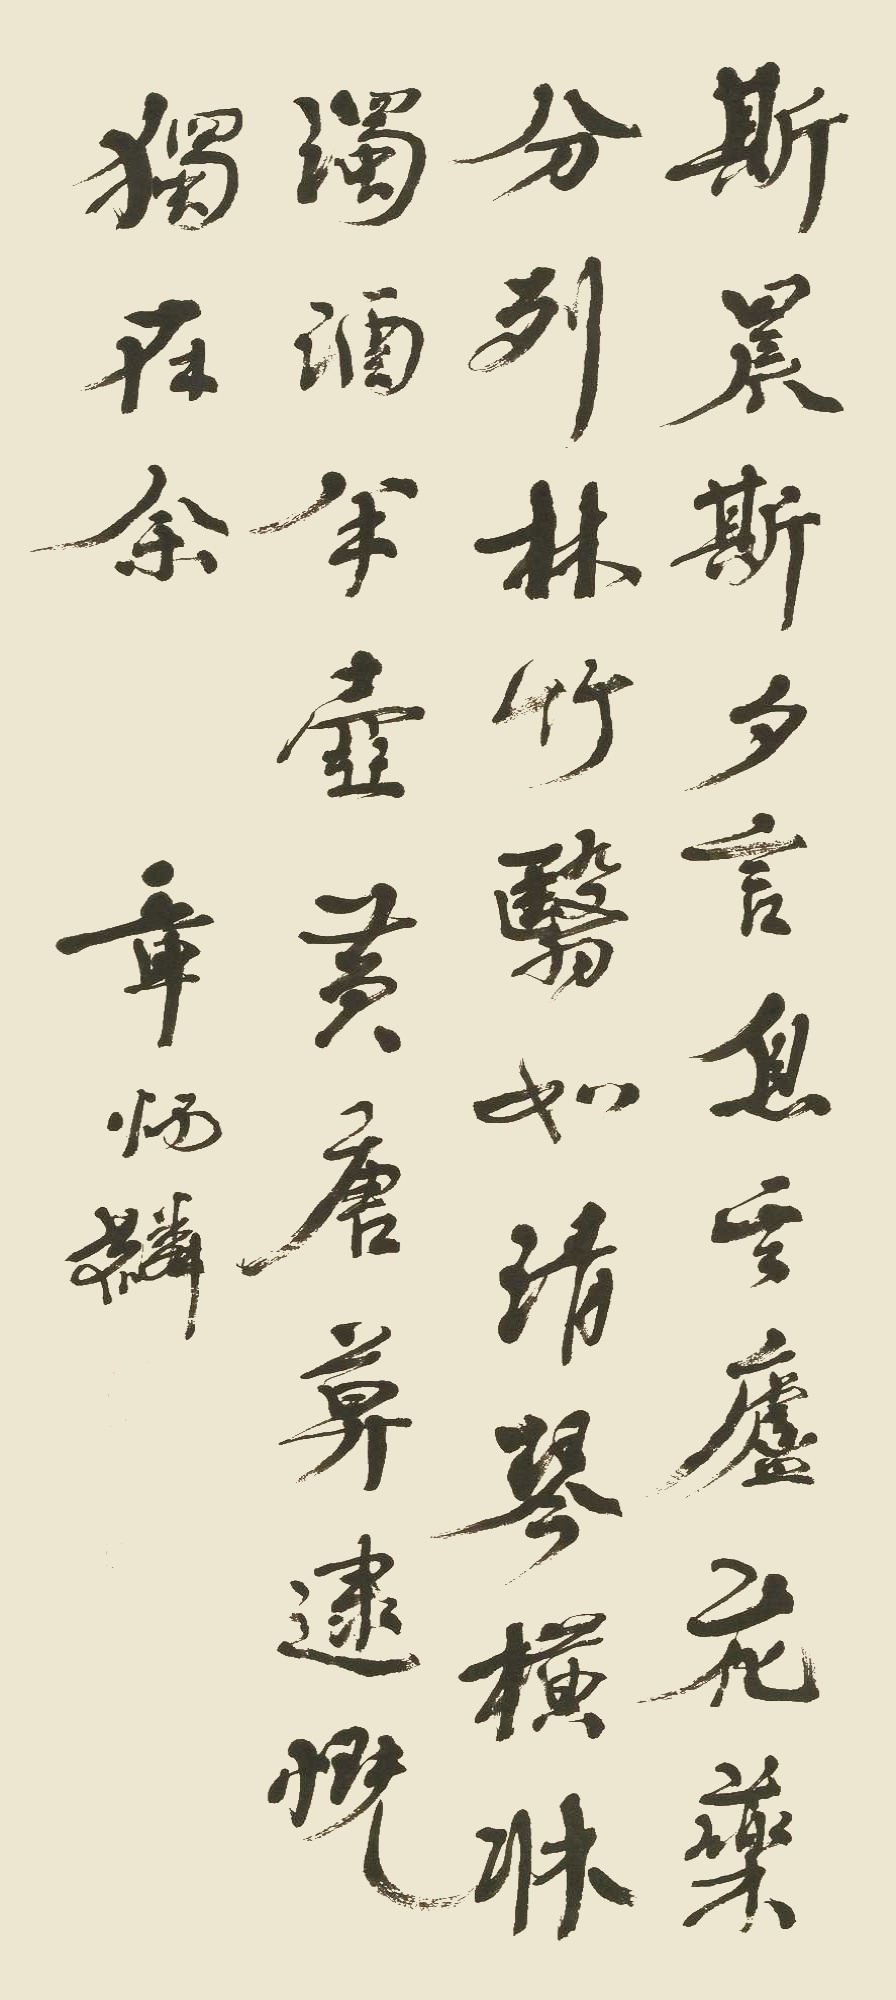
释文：斯晨斯夕，言息其庐。花药分列，林竹翳如。清琴横床，浊酒半壶。黄唐莫逮，慨独在余。章炳麟印、太炎